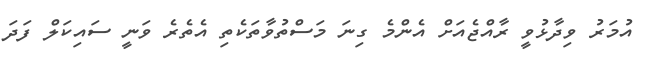
އުމަރު ވިދާޅުވީ ރާއްޖެއަށް އެންމެ ގިނަ މަސްތުވާތަކެތި އެތެރެ ވަނީ ސައިކަލް ފަދަ